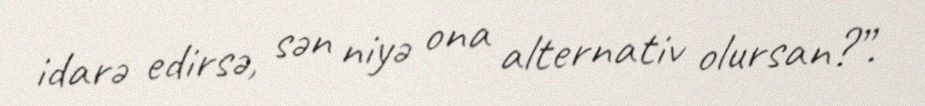
idarə edirsə, sən niyə ona alternativ olursan?”.